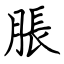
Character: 脹